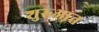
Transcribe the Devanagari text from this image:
शुरुआ़त